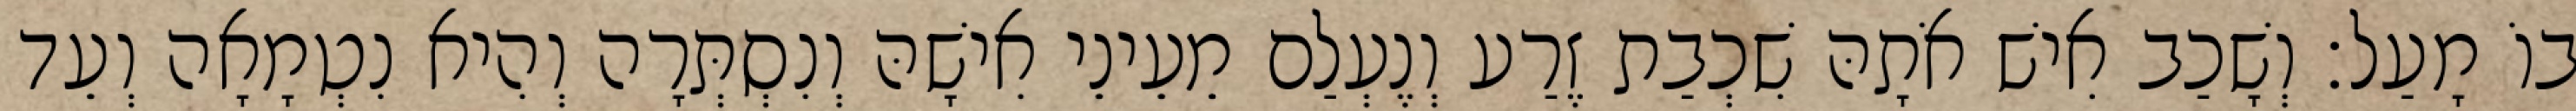
בוֹ מָעַל׃ וְשָׁכַב אִישׁ אֹתָהּ שִׁכְבַת זֶרַע וְנֶעְלַם מֵעֵינֵי אִישָׁהּ וְנִסְתְּרָה וְהִיא נִטְמָאָה וְעֵד